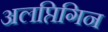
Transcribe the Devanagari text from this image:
अलप्तिगिन